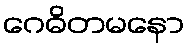
ဂေဓိတမနော